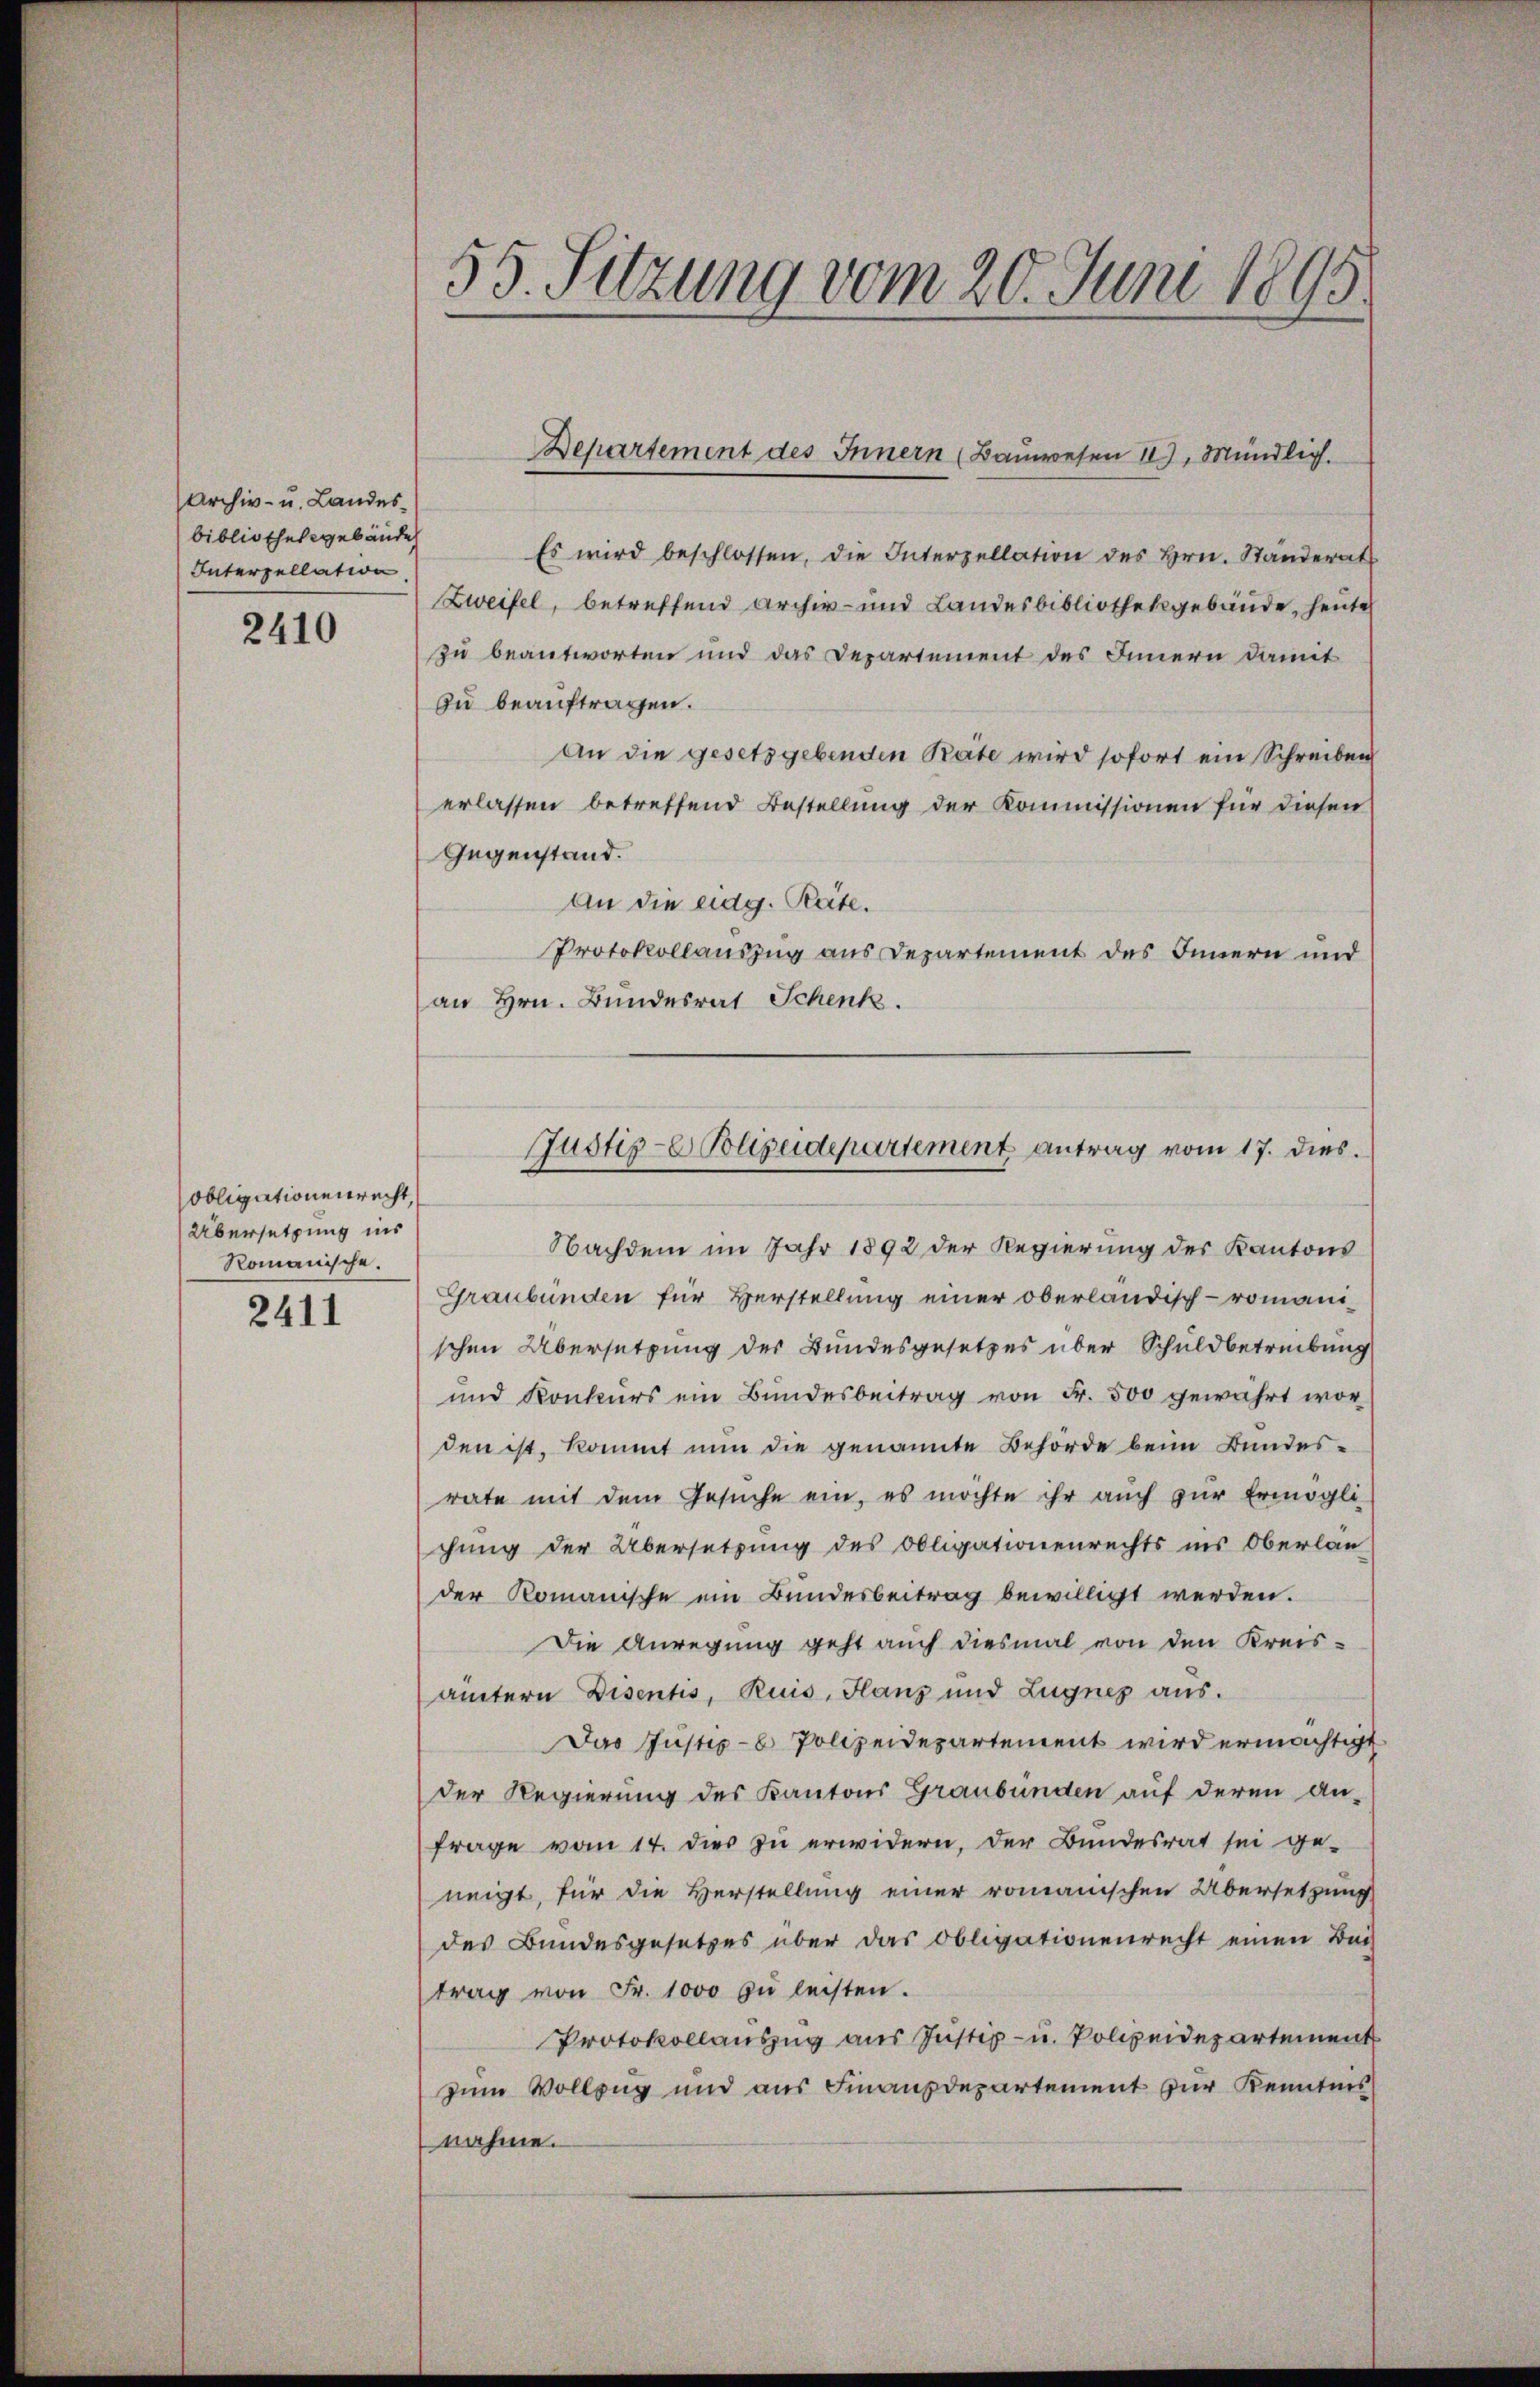
Archiv- u. Landesbibliothekgebäude
Interzellation.

2410

Obligationenrecht,
Übersetzung ins
Romanische.

2411

Es wird beschlossen, die Interzellation des Hrn. Ständerats
Zweifel, betreffend Archiv- und Landesbibliothekgebäude, heute
zu beantworten und das Departement des Innern damit
zu beauftragen.
An die gesetzgebenden Rate wird sofort ein Schreiben
erlassen betreffend Bestellung der Kommissionen für diesen
Gegenstand.
An die eidg. Räte.
Protokollauszug aus Departement des Innern und
an Hrn. Bundesrat Schenk.

55. Sitzung vom 20. Juni 1895.

Departement des Innern (Bauwesen II), Mündlich.

Justiz- Polizeidepartement antrag vom 17. dies

Nachdem im Jahr 1892 der Regierung des Kantons
Graubünden für Verstellung einer oberländisch-romanischen Übersetzung der Bundesgesetzes über Schuldbetreibung
und Konkurs ein Bundesbeitrag von Fr. 500 gewährt wor
den ist, kommt nun die genannte Behörde beim Bundesrate mit dem Gesuche ein, es möchte ihr auch zur Ermögli
chung der Übersetzung des Obligationenrechts ins Oberlan
der Romanische ein Bundesbeitrag bewilligt werden.
Die Anregung geht auch diesmal von den Kreisämtern Disentis, Ruis, Hanz und Zugnes aus.
Das Justiz- & Polizeidepartement wird ermächtigt
der Regierung des Kantons Graubünden auf deren An-
frage vom 17. dies zu erwidern, der Bundesrat sei ge-
neigt, für die Verstellung einer romanischen Übersetzung
des Bundesgesetzes über das Obligationenrecht einen Bei-
trag von Fr. 1000 zŭ leisten.
Protokollauszug aus Justiz- u. Polizeidepartement
zum Vollzug und aus Finanzdepartement zur Kenntnis
nahme.